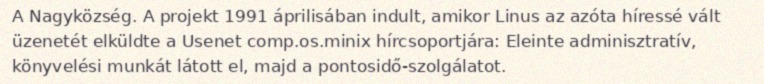
A Nagyközség. A projekt 1991 áprilisában indult, amikor Linus az azóta híressé vált üzenetét elküldte a Usenet comp.os.minix hírcsoportjára: Eleinte adminisztratív, könyvelési munkát látott el, majd a pontosidő-szolgálatot.